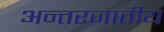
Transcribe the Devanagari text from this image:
अन्तरजार्तीय